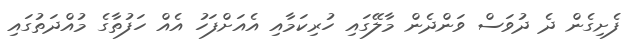
ފެށިގެން ދެ ދުވަސް ވަންދެން މާލޭގައި ހުރިކަމާއި އެއަށްފަހު އެއް ހަފުތާގެ މުއްދަތުގައި